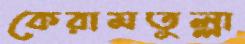
কেরামতুল্লা